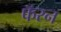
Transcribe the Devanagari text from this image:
फॅरन